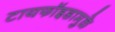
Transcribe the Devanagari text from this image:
टायफॉइडामुळे